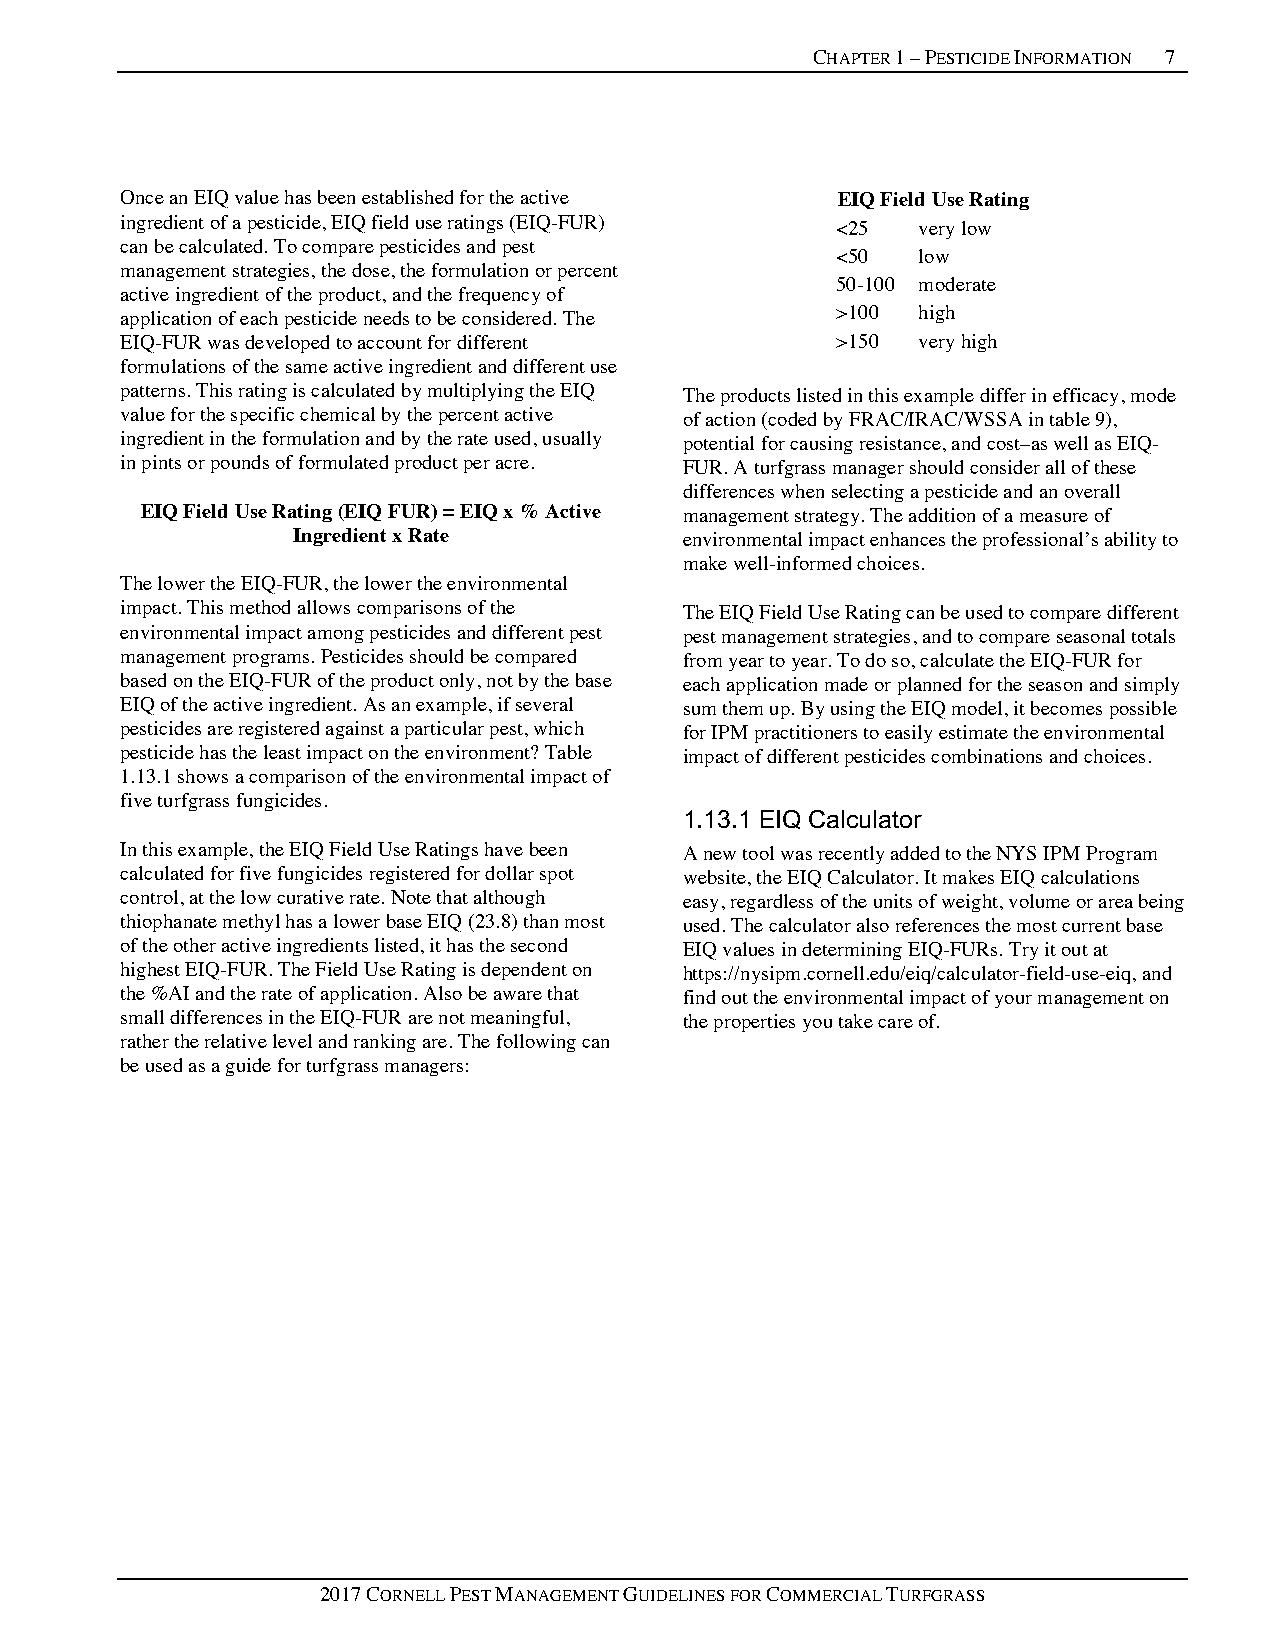
CHAPTER 1 – PESTICIDE INFORMATION 7
 Once an EIQ value has been established for the active EIQ Field Use Rating
 ingredient of a pesticide, EIQ field use ratings (EIQ-FUR) <25 very low
 can be calculated. To compare pesticides and pest
 <50   low
 management strategies, the dose, the formulation or percent
 50-100 moderate
 active ingredient of the product, and the frequency of
 application of each pesticide needs to be considered. The >100 high
 EIQ-FUR was developed to account for different >150  very high
 formulations of the same active ingredient and different use
 patterns. This rating is calculated by multiplying the EIQ The products listed in this example differ in efficacy, mode
 value for the specific chemical by the percent active of action (coded by FRAC/IRAC/WSSA in table 9),
 ingredient in the formulation and by the rate used, usually potential for causing resistance, and cost–as well as EIQ-
 in pints or pounds of formulated product per acre. FUR. A turfgrass manager should consider all of these
 differences when selecting a pesticide and an overall
 EIQ Field Use Rating (EIQ FUR) = EIQ x % Active management strategy. The addition of a measure of
 Ingredient x Rate         environmental impact enhances the professional’s ability to
 make well-informed choices.
 The lower the EIQ-FUR, the lower the environmental
 impact. This method allows comparisons of the The EIQ Field Use Rating can be used to compare different
 environmental impact among pesticides and different pest pest management strategies, and to compare seasonal totals
 management programs. Pesticides should be compared from year to year. To do so, calculate the EIQ-FUR for
 based on the EIQ-FUR of the product only, not by the base each application made or planned for the season and simply
 EIQ of the active ingredient. As an example, if several sum them up. By using the EIQ model, it becomes possible
 pesticides are registered against a particular pest, which for IPM practitioners to easily estimate the environmental
 pesticide has the least impact on the environment? Table impact of different pesticides combinations and choices.
 1.13.1 shows a comparison of the environmental impact of
 five turfgrass fungicides.
 1.13.1 EIQ Calculator
 In this example, the EIQ Field Use Ratings have been A new tool was recently added to the NYS IPM Program
 calculated for five fungicides registered for dollar spot website, the EIQ Calculator. It makes EIQ calculations
 control, at the low curative rate. Note that although easy, regardless of the units of weight, volume or area being
 thiophanate methyl has a lower base EIQ (23.8) than most used. The calculator also references the most current base
 of the other active ingredients listed, it has the second EIQ values in determining EIQ-FURs. Try it out at
 highest EIQ-FUR. The Field Use Rating is dependent on https://nysipm.cornell.edu/eiq/calculator-field-use-eiq, and
 the %AI and the rate of application. Also be aware that find out the environmental impact of your management on
 small differences in the EIQ-FUR are not meaningful, the properties you take care of.
 rather the relative level and ranking are. The following can
 be used as a guide for turfgrass managers:
 2017 CORNELL PEST MANAGEMENT GUIDELINES FOR COMMERCIAL TURFGRASS